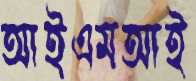
আইএমআই